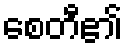
စေတီ၏